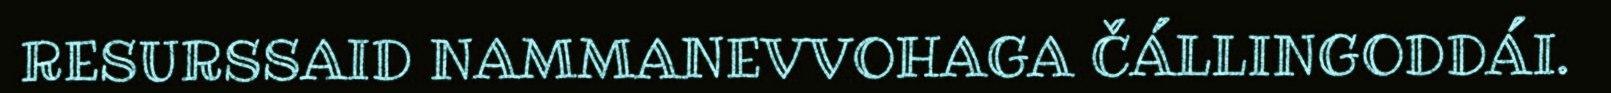
RESURSSAID NAMMANEVVOHAGA ČÁLLINGODDÁI.